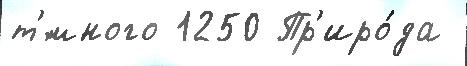
т'́много 1250 Пр'иро́да